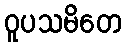
ဝူပသမိတေ